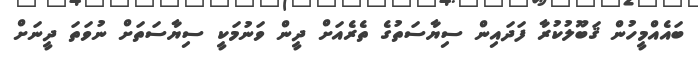
ބައެއްމީހުން ޤަބޫލުކުރާ ފަދައިން ސިޔާސަތުގެ ތެރެއަށް ދީން ވަނުމަކީ ސިޔާސަތަށް ނުވަތަ ދީނަށް